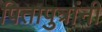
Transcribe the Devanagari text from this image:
पितापुत्रांनी